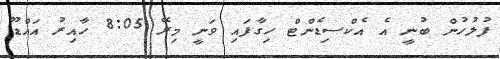
ފުލުހުން ބުނީ އެ އެކްސިޑެންޓް ހިގާފައި ވަނީ މިރޭ 8:05 ހާއިރު އައްޑޫ